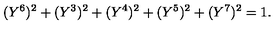
( Y ^ { 6 } ) ^ { 2 } + ( Y ^ { 3 } ) ^ { 2 } + ( Y ^ { 4 } ) ^ { 2 } + ( Y ^ { 5 } ) ^ { 2 } + ( Y ^ { 7 } ) ^ { 2 } = 1 .